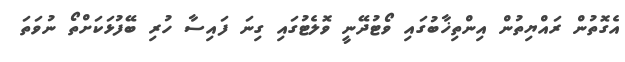
އެގޮތުން ރައްޔިތުން އިންތިޚާބުގައި ވޯޓުދޭނީ ވޮލެޓުގައި ގިނަ ފައިސާ ހުރި ބޭފުޅަކަށްތޯ ނުވަތަ